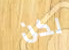
لكن